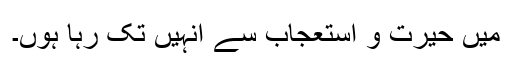
میں حیرت و استعجاب سے انہیں تک رہا ہوں۔